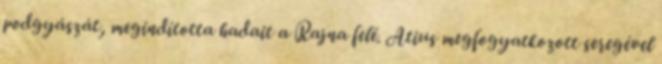
podgyászát, megindította hadait a Rajna felé. Atius megfogyatkozott seregével